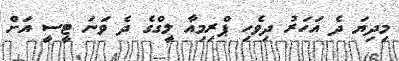
މިދިޔަ ދެ އަހަރު ދިވެހި ޕްރިމިއާ ލީގްގެ ދެ ވަނަ ޓީސީ އަށް